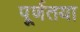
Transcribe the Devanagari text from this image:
पू्र्णतया